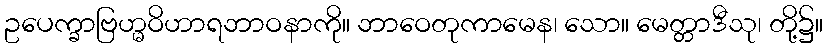
ဥပေက္ခာဗြဟ္မဝိဟာရဘာဝနာကို။ ဘာဝေတုကာမေန၊ သော။ မေတ္တာဒီသု၊ တို့၌။